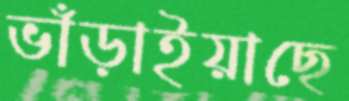
ভাঁড়াইয়াছে